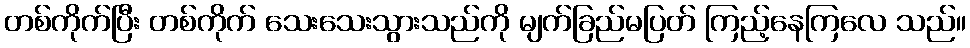
တစ်ကိုက်ပြီး တစ်ကိုက် သေးသေးသွားသည်ကို မျက်ခြည်မပြတ် ကြည့်နေကြလေ သည်။